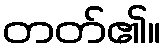
တတ်၏။